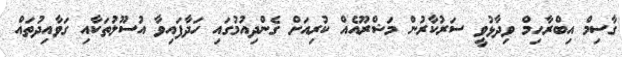
ގާސިމް އިބްރާހިމް ވިދާޅުވީ ސަރުކާރުން މަޝްރޫއެއް ކުރިއަށް ގެންދިއުމުގައި ހަދާފައިވާ އުސޫލުތަކާއި ގަވާއިދުތައް